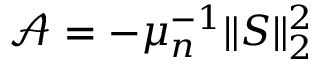
\mathcal { A } = - \mu _ { n } ^ { - 1 } \| S \| _ { 2 } ^ { 2 }